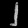
Digit: ၂